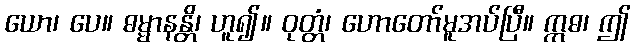
ယော၊ ပေ။ ဓမ္မာနန္တိ၊ ဟူ၍။ ဝုတ္တံ၊ ဟောတော်မူအပ်ပြီ။ ဣဓ၊ ဤ